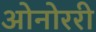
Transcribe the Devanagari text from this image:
ओनोररी